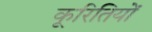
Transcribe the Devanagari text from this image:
कूरितियों